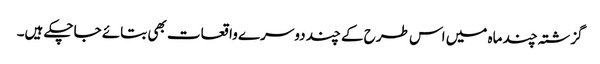
گزشتہ چند ماہ میں اس طرح کے چند دوسرے واقعات بھی بتائے جاچکے ہیں۔